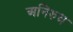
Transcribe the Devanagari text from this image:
अनिरुध